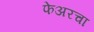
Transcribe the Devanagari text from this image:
फेअरचा